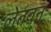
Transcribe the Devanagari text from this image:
लेतवन